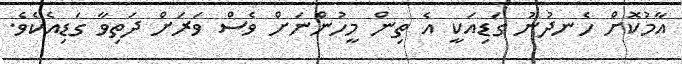
އާމުކޮށް ހެނދުނު ގަޑިއަކީ އެ ތިން މީހުންނަށް ވެސް ވަރަށް ދަތިވާ ގަޑިއެކެވެ.